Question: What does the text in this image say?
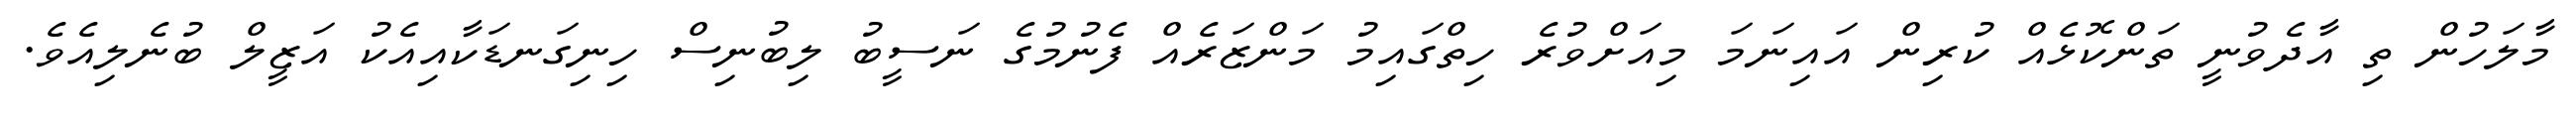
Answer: މާލަހުން ތި އާދެވުނީ ތަންކޮޅެއް ކުރިން އައިނަމަ މިއަށްވުރެ ހިތްގައިމު މަންޒަރެއް ފެނުމުގެ ނަސީބު ލިބުނިސް ހިނިގަނޑަކާއިއެކު އަޒީލް ބުނެލިއެވެ.